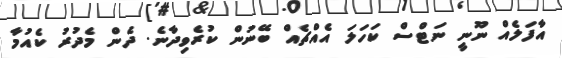
އާފަލެއް ނޫނީ ނަޓްސް ކަހަލަ އެއްޗެއް ބޭނުން ކުރެވިދާނެ. ދެން މެދުރު ކެއުމާ